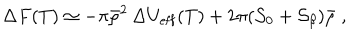
{ \Delta } F ( T ) \simeq - \pi { \bar { \rho } } ^ { 2 } \, \Delta U _ { \mathrm { e f f } } ( T ) + 2 \pi ( { \cal S } _ { 0 } + { \cal S } _ { \beta } ) \bar { \rho } \; ,